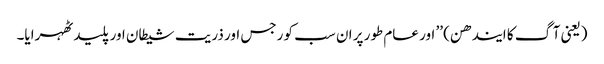
(یعنی آگ کا ایندھن) ’’ اور عام طور پر ان سب کو رجس اور ذریت شیطان اور پلید ٹھہرایا۔